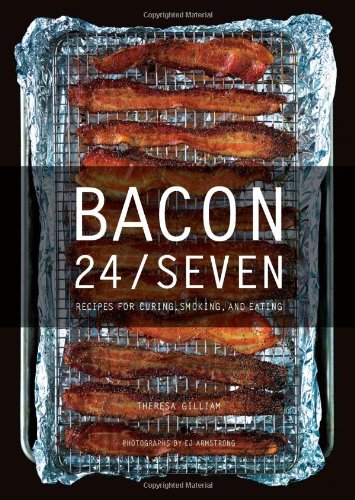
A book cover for Bacon 24/7: Recipes for Curing, Smoking, and Eating; Theresa Gilliam; Cookbooks, Food & Wine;